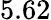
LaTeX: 5.62